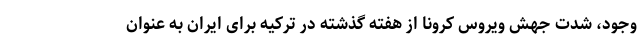
وجود، شدت جهش ویروس کرونا از هفته گذشته در ترکیه برای ایران به عنوان